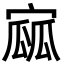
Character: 寙